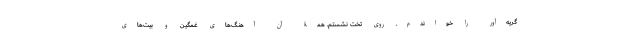
گریه‌آور را خواندم. روی تخت نشستم. همۀ آن آهنگ‌های غمگین و بیت‌های